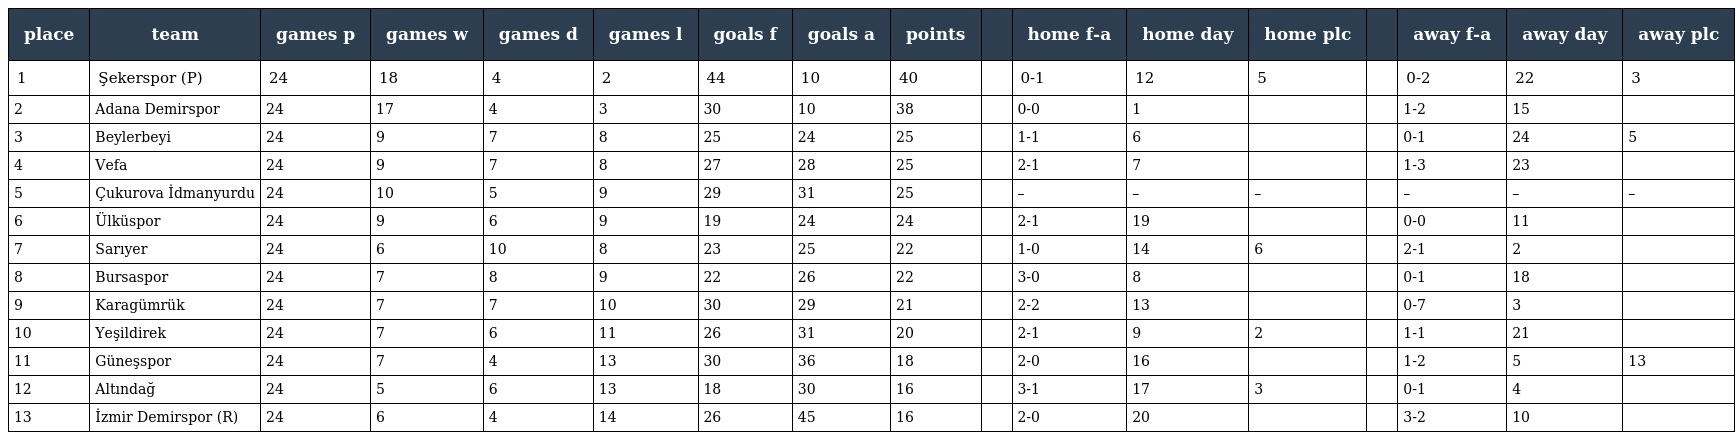
| place | team | games p | games w | games d | games l | goals f | goals a | points |  | home f-a | home day | home plc |  | away f-a | away day | away plc |
 | --- | --- | --- | --- | --- | --- | --- | --- | --- | --- | --- | --- | --- | --- | --- | --- | --- |
 | 1 | Şekerspor (P) | 24 | 18 | 4 | 2 | 44 | 10 | 40 |  | 0-1 | 12 | 5 |  | 0-2 | 22 | 3 |
 | 2 | Adana Demirspor | 24 | 17 | 4 | 3 | 30 | 10 | 38 |  | 0-0 | 1 |  |  | 1-2 | 15 |  |
 | 3 | Beylerbeyi | 24 | 9 | 7 | 8 | 25 | 24 | 25 |  | 1-1 | 6 |  |  | 0-1 | 24 | 5 |
 | 4 | Vefa | 24 | 9 | 7 | 8 | 27 | 28 | 25 |  | 2-1 | 7 |  |  | 1-3 | 23 |  |
 | 5 | Çukurova İdmanyurdu | 24 | 10 | 5 | 9 | 29 | 31 | 25 |  | – | – | – |  | – | – | – |
 | 6 | Ülküspor | 24 | 9 | 6 | 9 | 19 | 24 | 24 |  | 2-1 | 19 |  |  | 0-0 | 11 |  |
 | 7 | Sarıyer | 24 | 6 | 10 | 8 | 23 | 25 | 22 |  | 1-0 | 14 | 6 |  | 2-1 | 2 |  |
 | 8 | Bursaspor | 24 | 7 | 8 | 9 | 22 | 26 | 22 |  | 3-0 | 8 |  |  | 0-1 | 18 |  |
 | 9 | Karagümrük | 24 | 7 | 7 | 10 | 30 | 29 | 21 |  | 2-2 | 13 |  |  | 0-7 | 3 |  |
 | 10 | Yeşildirek | 24 | 7 | 6 | 11 | 26 | 31 | 20 |  | 2-1 | 9 | 2 |  | 1-1 | 21 |  |
 | 11 | Güneşspor | 24 | 7 | 4 | 13 | 30 | 36 | 18 |  | 2-0 | 16 |  |  | 1-2 | 5 | 13 |
 | 12 | Altındağ | 24 | 5 | 6 | 13 | 18 | 30 | 16 |  | 3-1 | 17 | 3 |  | 0-1 | 4 |  |
 | 13 | İzmir Demirspor (R) | 24 | 6 | 4 | 14 | 26 | 45 | 16 |  | 2-0 | 20 |  |  | 3-2 | 10 |  |